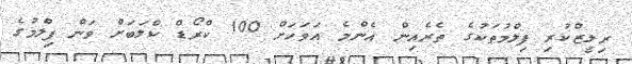
ރިލީޒްކުރި ފިލްމުތަކުގެ ތެރެއިން އެންމެ އަވަހަށް 100 ކްރޯޑް ކްލަބަށް ވަން ފިލްމުގެ